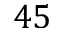
4 5